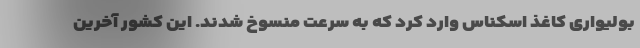
بولیواری کاغذ اسکناس وارد کرد که به سرعت منسوخ شدند. این کشور آخرین